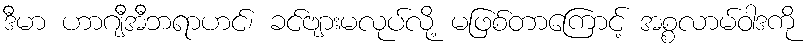
ဒီမာ ဟာဂျီအီဘရာဟင်၊ ခင်ဗျားမလုပ်လို့ မဖြစ်တာကြောင့် အစ္စလာမ်ဝါဒကို